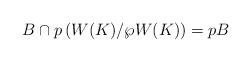
LaTeX: \begin{align*}B \cap p \left(W(K)/\wp W(K)\right) = p B\end{align*}